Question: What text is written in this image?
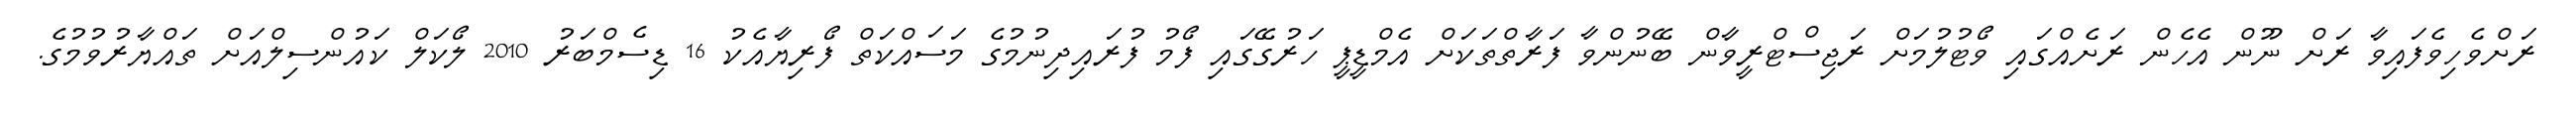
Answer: ރަށްވެހިވެފައިވާ ރަށް ނޫން އެހެން ރަށެއްގައި ވޯޓުލުމަށް ރަޖިސްޓްރީވާން ބޭނުންވާ ފަރާތްތަކަށް އެމްޑީޕީ ހަރުގޭގައި ފޯމު ފުރައިދިނުމުގެ މަސައްކަތް ފޯރިޔާއެކު 16 ޑިސެމްބަރު 2010 ލޯކަލް ކައުންސިލްއަށް ތައްޔާރުވުމުގެ.